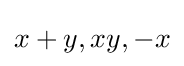
x+y,xy,-x